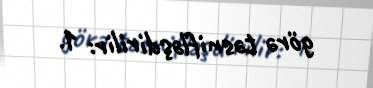
görə təsnifləşdirilir: 1.